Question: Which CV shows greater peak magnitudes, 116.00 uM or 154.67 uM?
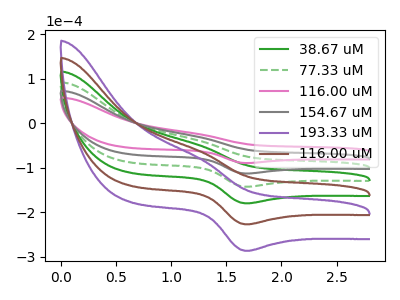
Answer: <think>The green curve "38.67 uM" has an anodic peak at (1.25V, -91.00uA) and a cathodic peak at (1.70V, -338.80uA). The green dashed curve "77.33 uM" has an anodic peak at (1.25V, -60.65uA) and a cathodic peak at (1.70V, -225.85uA). The pink curve "116.00 uM" has an anodic peak at (1.25V, -24.05uA) and a cathodic peak at (1.70V, -89.45uA). The gray curve "154.67 uM" has an anodic peak at (1.25V, -30.35uA) and a cathodic peak at (1.70V, -112.95uA). The purple curve "193.33 uM" has an anodic peak at (1.25V, -151.70uA) and a cathodic peak at (1.70V, -564.65uA). The brown curve "116.00 uM" has an anodic peak at (1.25V, -121.35uA) and a cathodic peak at (1.70V, -451.70uA).</think>
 <answer>The peaks in "116.00 uM" are neither all higher or all lower than the peaks in "154.67 uM".</answer>
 <eval>mixed</eval>